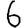
Digit: 6